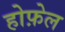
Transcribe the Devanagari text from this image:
होफ़ेल